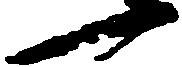
一